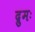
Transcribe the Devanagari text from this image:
द्रुमः